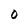
Character: 0